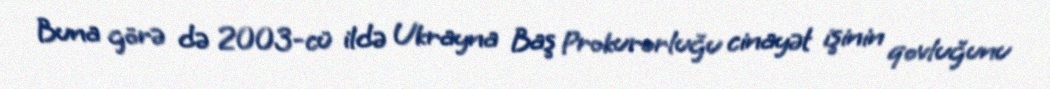
Buna görə də 2003-cü ildə Ukrayna Baş Prokurorluğu cinayət işinin qovluğunu